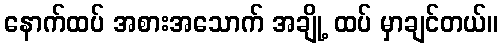
နောက်ထပ် အစားအသောက် အချို့ ထပ် မှာချင်တယ်။